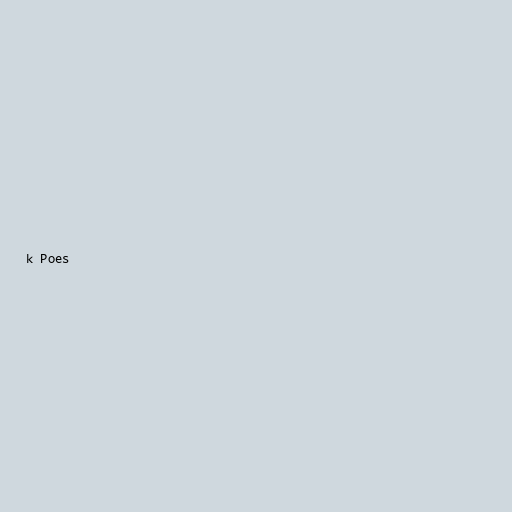
k Poes